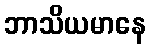
ဘာသိယမာနေ